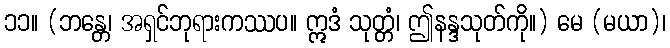
၁၁။ (ဘန္တေ၊ အရှင်ဘုရားကဿပ။ ဣဒံ သုတ္တံ၊ ဤနန္ဒသုတ်ကို။) မေ (မယာ)၊